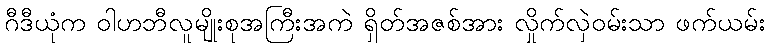
ဂီဒီယုံက ဝါဟဘီလူမျိုးစုအကြီးအကဲ ရှိတ်အဇစ်အား လှိုက်လှဲဝမ်းသာ ဖက်ယမ်း